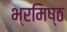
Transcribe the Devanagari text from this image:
भ्रमिष्ठ